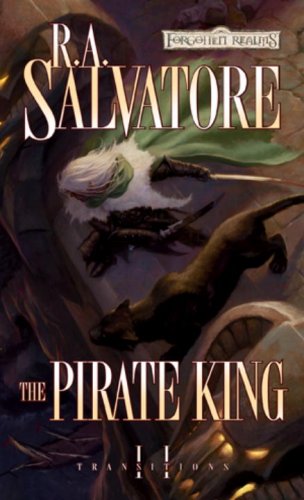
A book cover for The Pirate King: Transitions, Book II; R.A. Salvatore; Science Fiction & Fantasy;